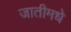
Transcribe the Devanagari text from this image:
जातीमधे